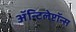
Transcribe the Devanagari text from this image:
ॲन्टिलेप्टॉन्स